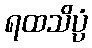
ရထသိပ္ပံ